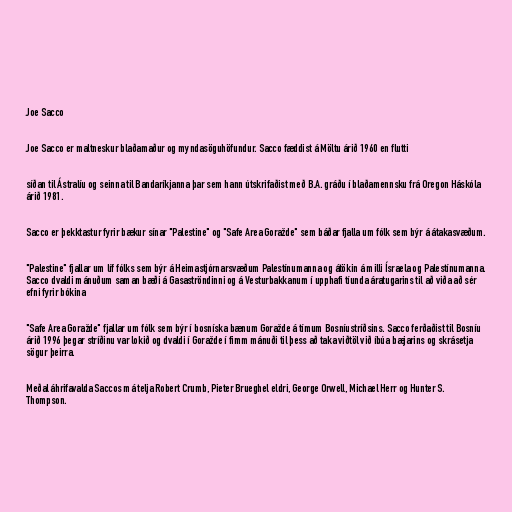
Joe Sacco

Joe Sacco er maltneskur blaðamaður og myndasöguhöfundur. Sacco fæddist á Möltu árið 1960 en flutti

síðan til Ástralíu og seinna til Bandaríkjanna þar sem hann útskrifaðist með B.A. gráðu í blaðamennsku frá Oregon Háskóla
árið 1981.

Sacco er þekktastur fyrir bækur sínar "Palestine" og "Safe Area Goražde" sem báðar fjalla um fólk sem býr á átakasvæðum.

"Palestine" fjallar um líf fólks sem býr á Heimastjórnarsvæðum Palestínumanna og átökin á milli Ísraela og Palestínumanna.
Sacco dvaldi mánuðum saman bæði á Gasaströndinni og á Vesturbakkanum í upphafi tíunda áratugarins til að viða að sér
efni fyrir bókina

"Safe Area Goražde" fjallar um fólk sem býr í bosníska bænum Goražde á tímum Bosníustríðsins. Sacco ferðaðist til Bosníu
árið 1996 þegar stríðinu var lokið og dvaldi í Goražde í fimm mánuði til þess að taka viðtöl við íbúa bæjarins og skrásetja
sögur þeirra.

Meðal áhrifavalda Saccos má telja Robert Crumb, Pieter Brueghel eldri, George Orwell, Michael Herr og Hunter S.
Thompson.